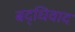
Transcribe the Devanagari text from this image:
बद्धिवाद